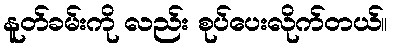
နူတ်ခမ်းကို လည်း စုပ်ပေးလိုက်တယ်။